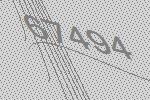
67494